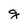
Character: g